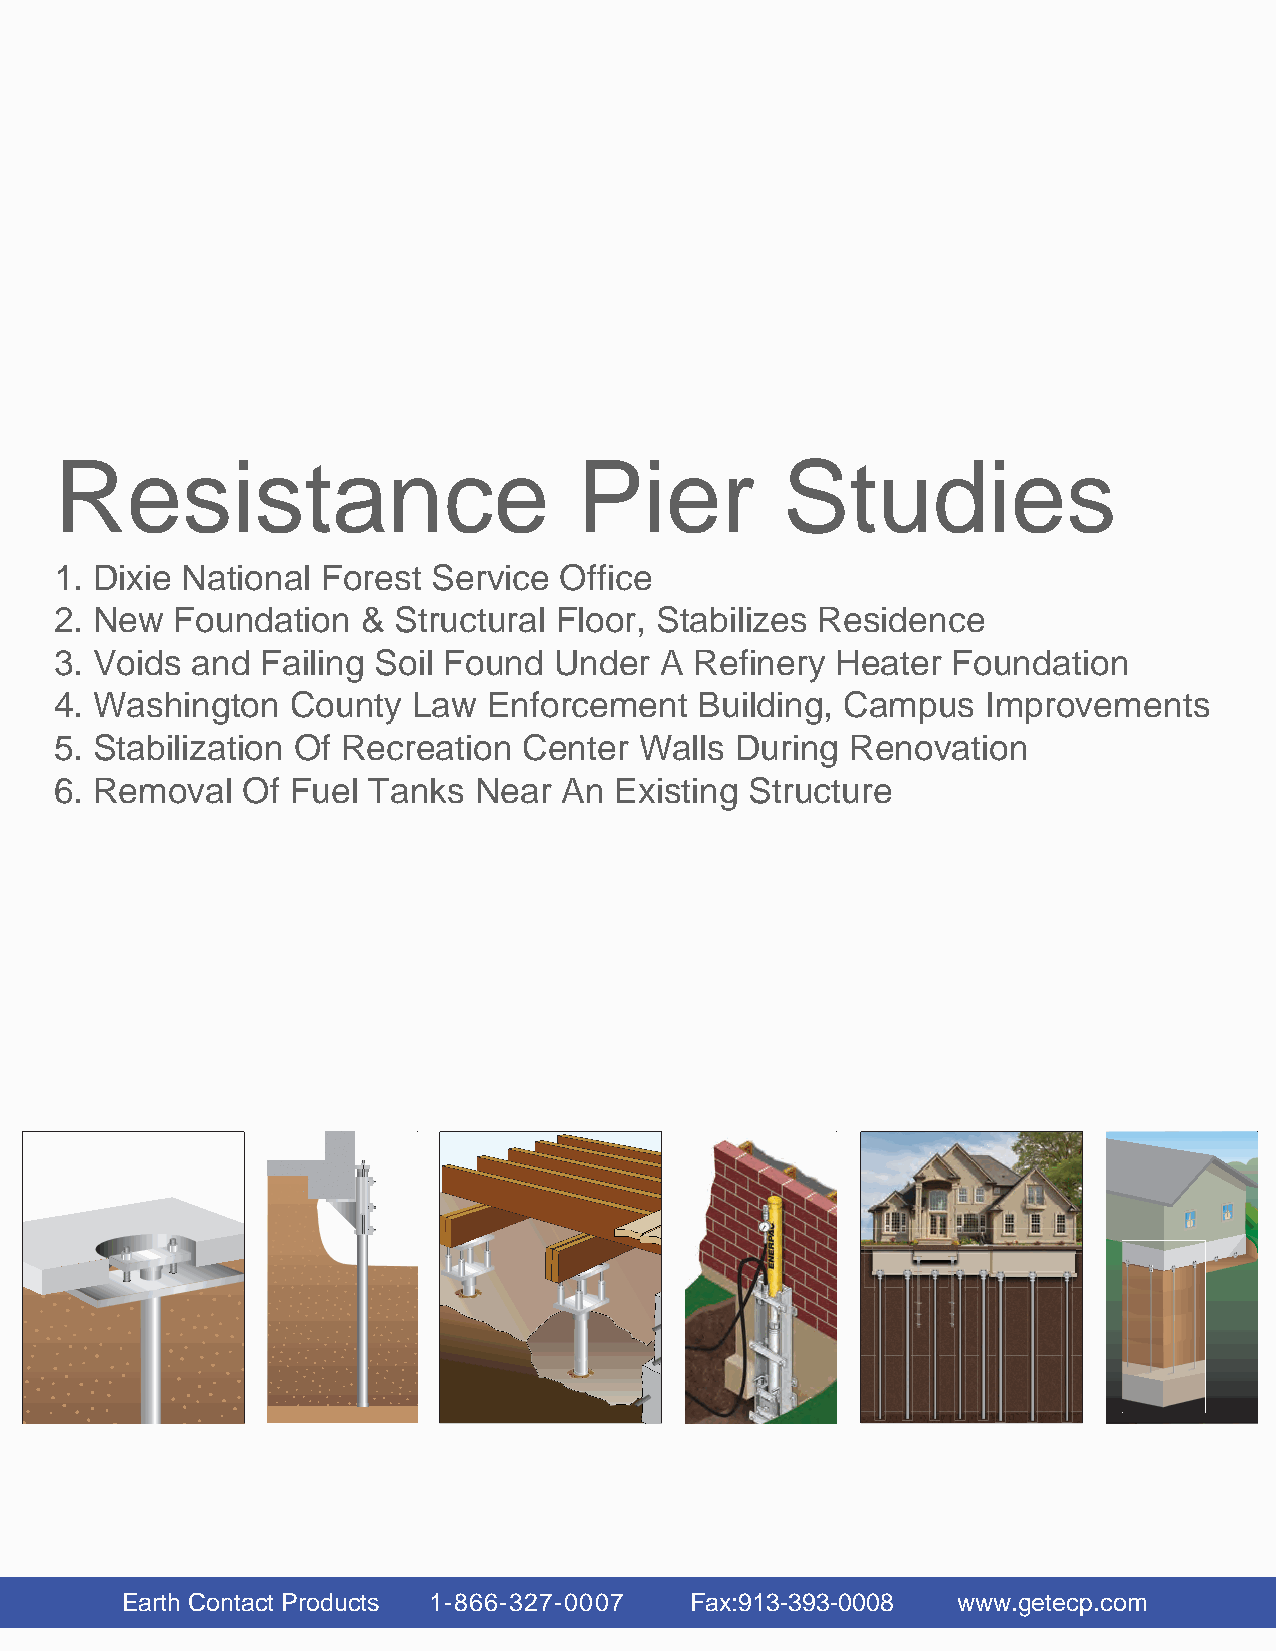
EECCCPPP
 Resistance                        Pier          Studies
 1. Dixie National Forest Service Office
 2. New  Foundation  & Structural Floor, Stabilizes Residence
 3. Voids and Failing Soil Found  Under  A Refinery Heater  Foundation
 4. Washington  County  Law  Enforcement   Building, Campus   Improvements
 5. Stabilization Of Recreation Center Walls  During Renovation
 6. Removal  Of Fuel Tanks  Near  An  Existing Structure
 Earth Contact Products 1-866-327-0007 Fax:913-393-0008 www.getecp.com